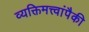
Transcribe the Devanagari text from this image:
व्यक्तिमत्त्वांपैकी